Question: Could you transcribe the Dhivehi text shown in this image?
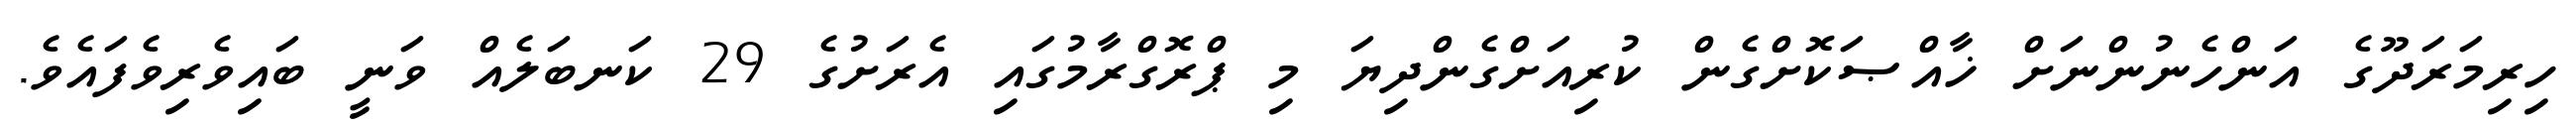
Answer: ހިރިމަރަދޫގެ އަންހެނުންނަށް ޚާއްޞަކޮށްގެން ކުރިއަށްގެންދިޔަ މި ޕްރޮގްރާމުގައި އެރަށުގެ 29 ކަނބަލެއް ވަނީ ބައިވެރިވެފައެވެ.